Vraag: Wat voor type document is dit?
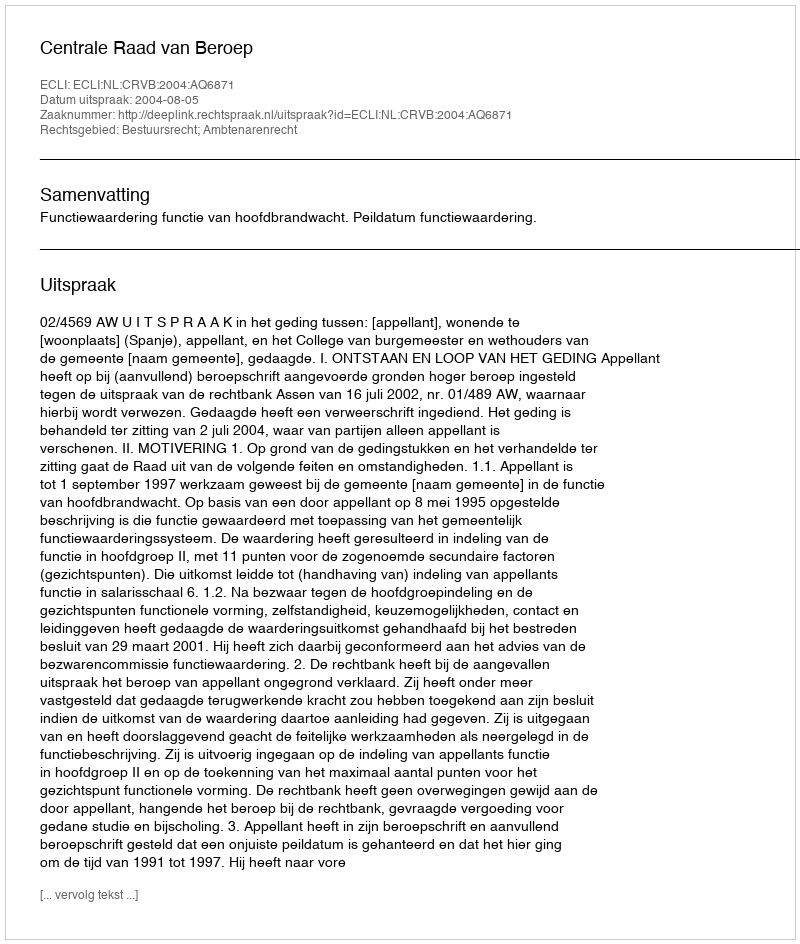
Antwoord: Uitspraak